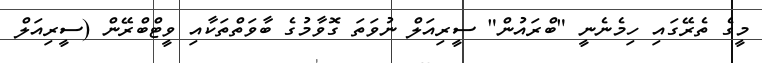
މީގެ ތެރޭގައި ހިމެނެނީ "ބްރައުން" ސީރިއަލް ނުވަތަ ގޮވާމުގެ ބާވަތްތަކާއި ވީޓްބްރޭން (ސީރިއަލް